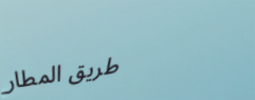
طريق المطار